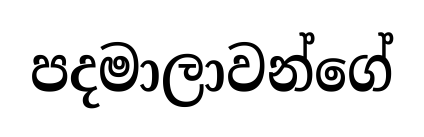
පදමාලාවන්ගේ